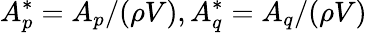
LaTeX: A_{p}^{*}=A_{p}/(\rho V),A_{q}^{*}=A_{q}/(\rho V)